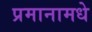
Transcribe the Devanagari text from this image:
प्रमानामधे